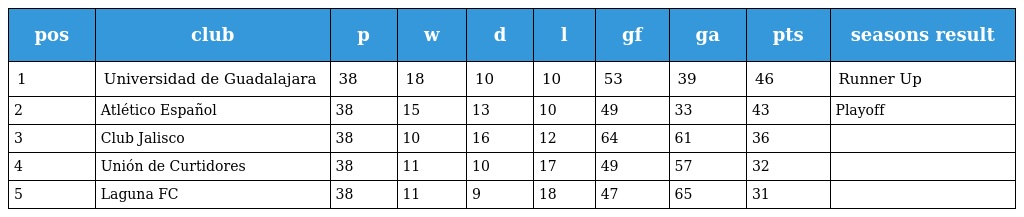
| pos | club | p | w | d | l | gf | ga | pts | seasons result |
 | --- | --- | --- | --- | --- | --- | --- | --- | --- | --- |
 | 1 | Universidad de Guadalajara | 38 | 18 | 10 | 10 | 53 | 39 | 46 | Runner Up |
 | 2 | Atlético Español | 38 | 15 | 13 | 10 | 49 | 33 | 43 | Playoff |
 | 3 | Club Jalisco | 38 | 10 | 16 | 12 | 64 | 61 | 36 |  |
 | 4 | Unión de Curtidores | 38 | 11 | 10 | 17 | 49 | 57 | 32 |  |
 | 5 | Laguna FC | 38 | 11 | 9 | 18 | 47 | 65 | 31 |  |